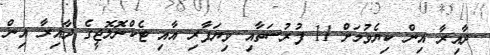
ދާއިރާ އިން ކިޔެވުމަށް 11 ފުރުސަތާއި ވިޔަފާރި އާއި ޓެކްނޮލޮޖީގެ ދާއިރާ އިން